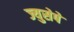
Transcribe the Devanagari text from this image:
ज्युसेपे